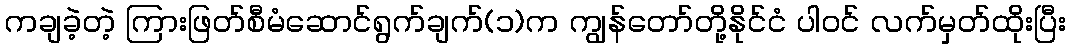
ကချခဲ့တဲ့ ကြားဖြတ်စီမံဆောင်ရွက်ချက်(၁)က ကျွန်တော်တို့နိုင်ငံ ပါဝင် လက်မှတ်ထိုးပြီး